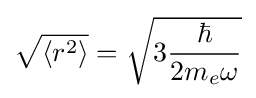
{\sqrt {\langle r^{2}\rangle }}={\sqrt {3{\frac {\hbar }{2m_{e}\omega }}}}